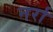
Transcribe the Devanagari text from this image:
नर्रा